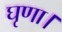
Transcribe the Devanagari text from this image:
घृणा।